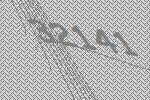
32141